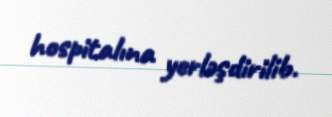
hospitalına yerləşdirilib.